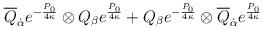
LaTeX: \begin{align*}\overline{Q}_{\dot\alpha}e^{-{{P_0}\over{4\kappa}}}\otimes Q_{\beta}e^{{P_0}\over {4\kappa}} +Q_{\beta}e^{-{{P_0}\over {4\kappa}}}\otimes\overline{Q}_{\dot\alpha}e^{{P_0}\over {4\kappa}}\end{align*}